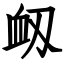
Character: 衂